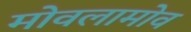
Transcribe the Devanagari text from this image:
मोवलामोव